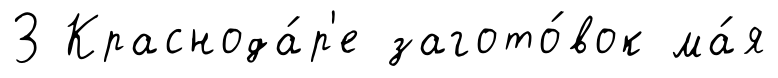
З Краснода́р'е загото́вок ма́я